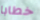
خطابا